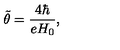
{ \tilde { \theta } } = \frac { 4 \hbar } { e H _ { 0 } } ,